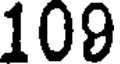
109